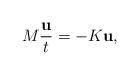
LaTeX: \begin{align*}M\frac{ \mathbf{u}}{ t} = -K \mathbf{u},\end{align*}